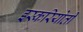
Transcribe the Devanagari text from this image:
इस्करियोती